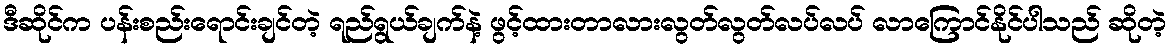
ဒီဆိုင်က ပန်းစည်းရောင်းချင်တဲ့ ရည်ရွယ်ချက်နဲ့ ဖွင့်ထားတာလားလွတ်လွတ်လပ်လပ် လာကြောင်နိုင်ပါသည် ဆိုတဲ့